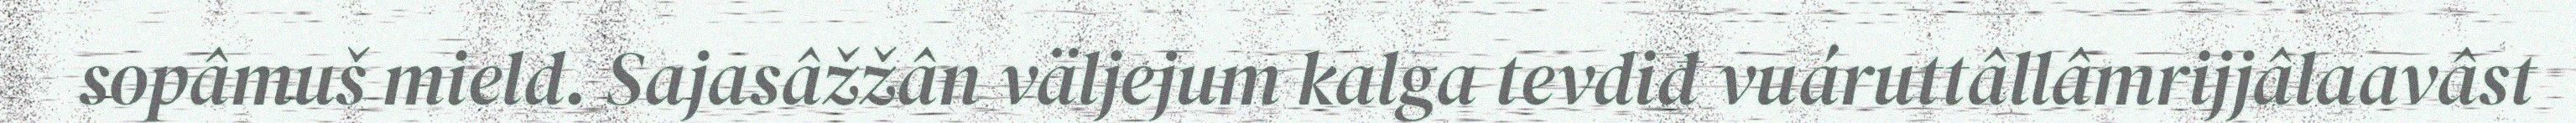
sopâmuš mield. Sajasâžžân väljejum kalga tevdiđ vuáruttâllâmrijjâlaavâst